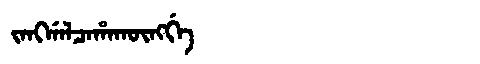
Manchu: ᠵᠠᠩᡤᠠᠯᠴᠠᡥᠠᡴᡡᠩᡤᡝ
Romanization: JANGGALCAHAKŪNGGE